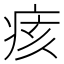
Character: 痎